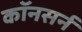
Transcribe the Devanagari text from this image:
कॉनसर्न